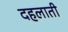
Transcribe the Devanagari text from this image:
दहलाती